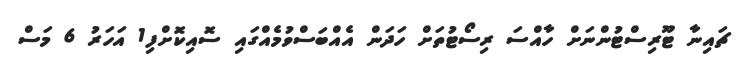
ޗައިނާ ޓޫރިސްޓުންނަށް ހާއްސަ ރިސޯޓުތަށް ހަދަން އެއްބަސްވުމެއްގައި ސޮއިކޮށްފި1 އަހަރު 6 މަސް